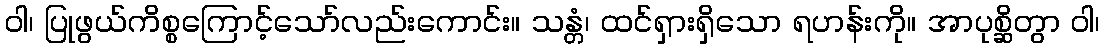
ဝါ၊ ပြုဖွယ်ကိစ္စကြောင့်သော်လည်းကောင်း။ သန္တံ၊ ထင်ရှားရှိသော ရဟန်းကို။ အာပုစ္ဆိတွာ ဝါ၊